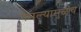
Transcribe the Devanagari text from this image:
नेमल्यामुळेच